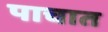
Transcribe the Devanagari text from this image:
पाचात